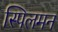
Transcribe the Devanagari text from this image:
स्पिलमन